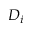
D _ { i }